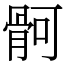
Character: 䯊